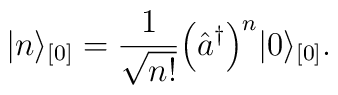
\vert n \rangle_{[0]} = \frac{1}{\sqrt{n!}}\Bigl(\hat{a}^{\dagger} \Bigr)^n \vert 0 \rangle_{[0]}.